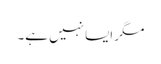
مگر ایسا نہیں ہے۔